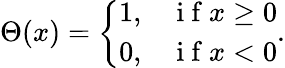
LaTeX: \begin{array}{r}{\Theta(x)=\left\{ \begin{array}{ll}{1,}&{\mathrm{~i~f~}x\geq 0}\\ {0,}&{\mathrm{~i~f~}x<0}\end{array}\right..}\end{array}